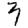
Digit: 3